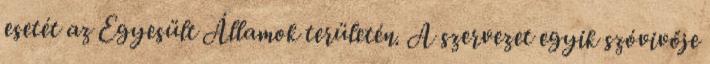
esetét az Egyesült Államok területén. A szervezet egyik szóvivője